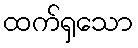
ထက်ရှသော